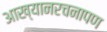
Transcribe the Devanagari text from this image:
आख्यानरचनापण